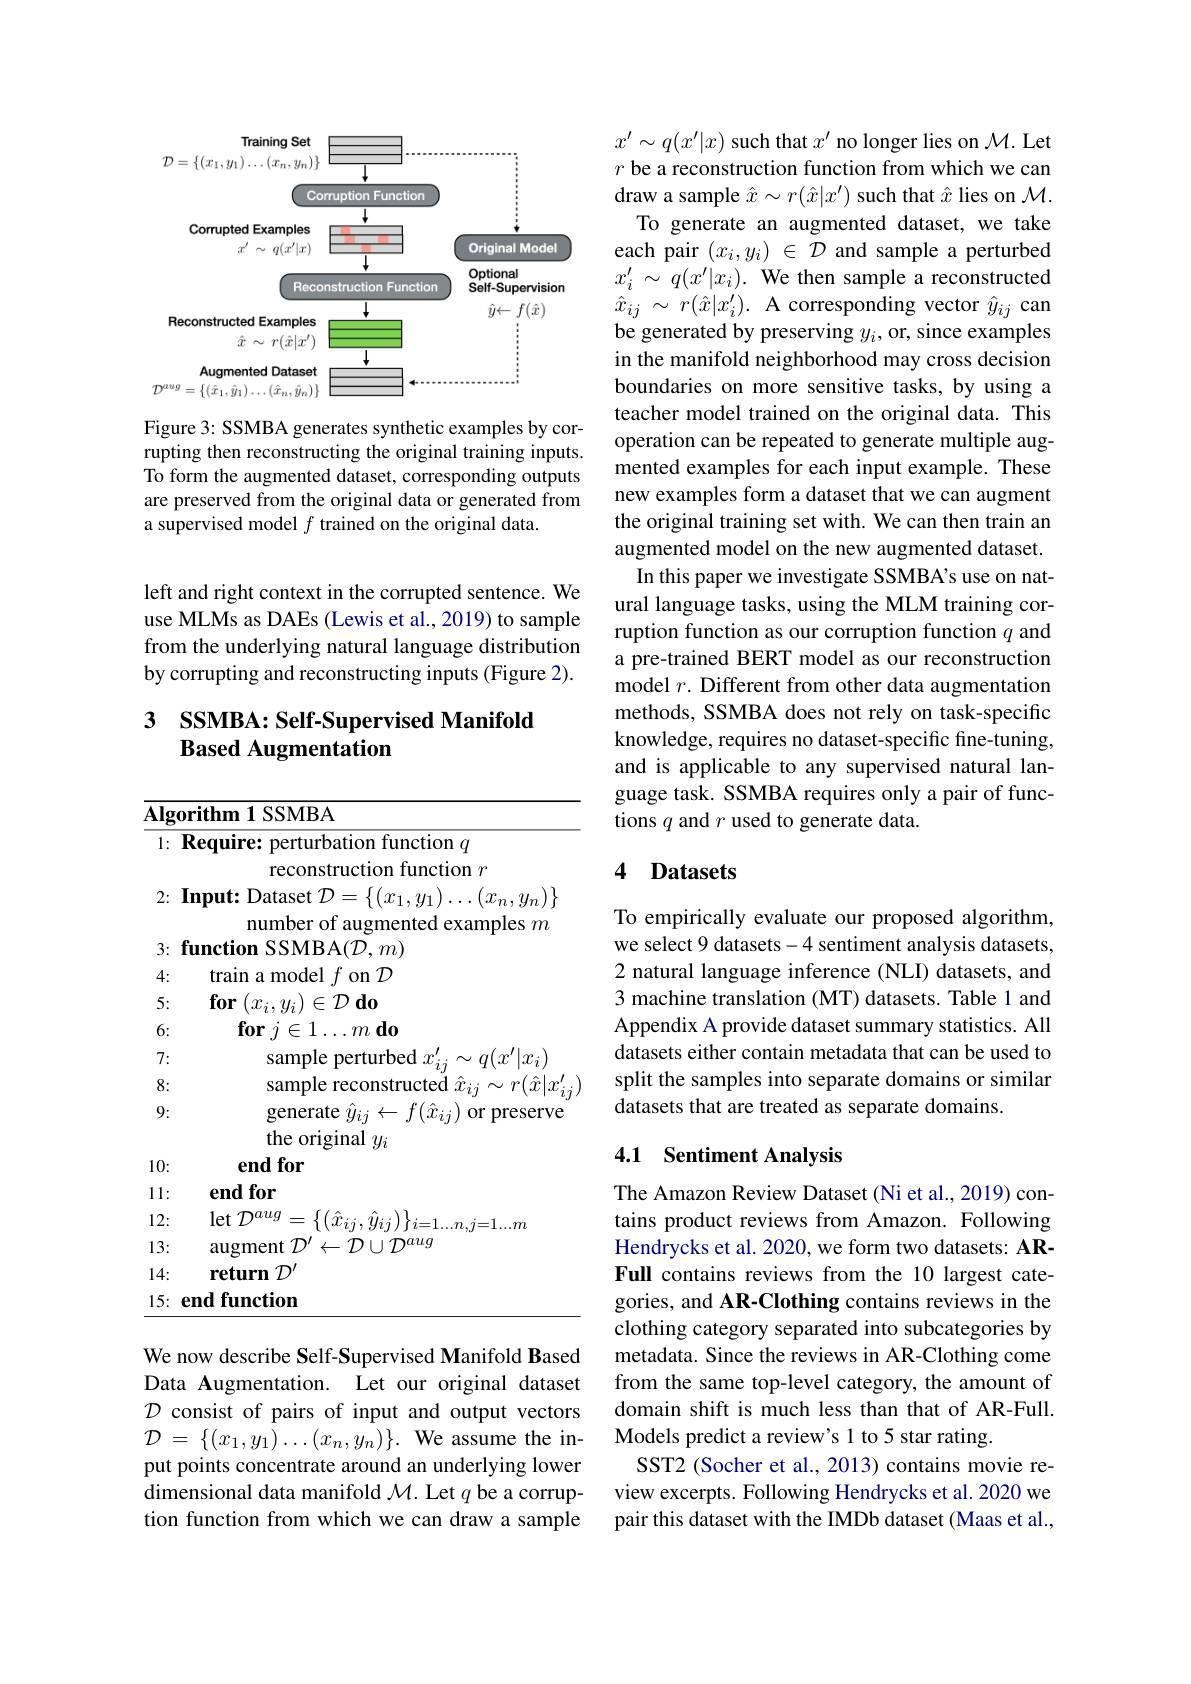
<FigureHere>

Figure 3: SSMBA generates synthetic examples by corrupting then reconstructing the original training inputs. To form the augmented dataset, corresponding outputs are preserved from the original data or generated from a supervised model $f$ trained on the original data.

left and right context in the corrupted sentence. We use MLMs as DAEs (Lewis et al., 2019) to sample from the underlying natural language distribution by corrupting and reconstructing inputs (Figure 2).

### 3 SSMBA: Self-Supervised Manifold Based Augmentation

<table>
	<tbody>
		<tr>
			<td>$\overline{\mathbf{Alg}}$</td>
			<td>orithm 1 SSMBA</td>
		</tr>
		<tr>
			<td>1: </td>
			<td>Require: perturbation function $q$</td>
		</tr>
		<tr>
			<td> </td>
			<td>reconstruction function $r$</td>
		</tr>
		<tr>
			<td>2:</td>
			<td>$\textbf{Input: Dataset }\mathcal{D} = \{ ( x_{1}, y_{1}) \ldots ( x_{n}, y_{n}) \}$</td>
		</tr>
		<tr>
			<td>3:</td>
			<td>number ot augmented examples $m$ function SSMBA($\mathcal{D},m)$</td>
		</tr>
		<tr>
			<td>4: </td>
			<td>$a1r$ $\textbf{a model }f$ on $\mathcal{D}$</td>
		</tr>
		<tr>
			<td>T 5</td>
			<td>$\mathbf{uvi}_{n}$ $\mathbf{for}\left ( r\cdot \psi \right ) \in \mathcal{D}$ $\mathbf{do}$</td>
		</tr>
		<tr>
			<td>$\downarrow$</td>
			<td>$\langle u_{i},y_{i}\rangle$ $\mathbf{f}_{\mathbf{0}\mathbf{r}\:\dot{i}\:\boldsymbol{c}\:1}$ $\gamma\gamma$</td>
		</tr>
		<tr>
			<td>7:</td>
			<td>sample perturbed $x_{::}^{\prime}\sim g(x^{\prime}|x_{i})$</td>
		</tr>
		<tr>
			<td>8:</td>
			<td>sample reconstructed $\hat{x}_{ii}\sim r(\hat{x}|x^{\prime}.$</td>
		</tr>
		<tr>
			<td>9:</td>
			<td>generate $\hat{y}_{ij}\leftarrow f(\hat{x}_{ij})$ or preserve</td>
		</tr>
		<tr>
			<td>10:</td>
			<td>$\operatorname{orrgmar}y_{i}$ $\mathbf{endfor}$</td>
		</tr>
		<tr>
			<td>1: 1 1 T</td>
			<td>$\mathbf{endfor}$</td>
		</tr>
		<tr>
			<td>12:</td>
			<td>$\operatorname*{let}\mathcal{D}^{aug}$ $\{(\hat{x}_{ii},\hat{y}_{ii})\}$ $=1...n.i=1...m$</td>
		</tr>
		<tr>
			<td>13:</td>
			<td>$\operatorname{augment}\mathcal{D}^{\prime}\leftarrow\mathcal{D}\cup\mathcal{D}^{aug}$</td>
		</tr>
		<tr>
			<td>14:</td>
			<td>$\textbf{return}\mathcal{D} ^{\prime }$</td>
		</tr>
		<tr>
			<td>15: </td>
			<td>end function</td>
		</tr>
	</tbody>
</table>

We now describe Self-Supervised Manifold Based Data Augmentation. Let our original dataset $\mathcal{D}$ consist of pairs of input and output vectors $\mathcal{D}$ = $\{ ( x_1, y_1) \ldots ( x_n, y_n) \} .$ We assume the input points concentrate around an underlying lower dimensional data manifold $\mathcal{M}.$ Let $q$ be a corruption function from which we can draw a sample

$x'\sim q(x'|x)$ such that $x'$ no longer lies on $\mathcal M.$ Let $r$ be a reconstruction function from which we can draw a sample $\hat{x}\sim r(\hat{x}|x^{\prime})$ such that $\hat{x}$ lies on $\mathcal{M}.$ To generate an augmented dataset, we take each pair $(x_i,y_i)\in\mathcal{D}$ and sample a perturbed $x_{i}^{\prime}\sim q(x^{\prime}|x_{i}).$ We then sample a reconstructed $\hat{x} _{ij} \sim r( \hat{x} | x_{i}^{\prime }) . $A corresponding vector $\hat{y} _{ij} $can be generated by preserving $y_i$, or, since examples in the manifold neighborhood may cross decision boundaries on more sensitive tasks, by using a teacher model trained on the original data. This operation can be repeated to generate multiple augmented examples for each input example. These new examples form a dataset that we can augment the original training set with. We can then train an augmented model on the new augmented dataset.
In this paper we investigate SSMBA's use on natural language tasks, using the MLM training corruption function as our corruption function $q$ and a pre-trained BERT model as our reconstruction model $r.$ Different from other data augmentation methods, SSMBA does not rely on task-specific knowledge, requires no dataset-specific fine-tuning, and is applicable to any supervised natural language task. SSMBA requires only a pair of functions $q$ and $r$ used to generate data.

### 4 Datasets

To empirically evaluate our proposed algorithm, we select 9 datasets-4 sentiment analysis datasets, 2 natural language inference (NLI) datasets, and 3 machine translation (MT) datasets. Table 1 and Appendix A provide dataset summary statistics. All datasets either contain metadata that can be used to split the samples into separate domains or similar datasets that are treated as separate domains.

## 4.1 Sentiment Analysis

The Amazon Review Dataset (Ni et al., 2019) contains product reviews from Amazon. Following Hendrycks et al. 2020, we form two datasets: ARFull contains reviews from the 10 largest categories, and AR-Clothing contains reviews in the clothing category separated into subcategories by metadata. Since the reviews in AR-Clothing come from the same top-level category, the amount of domain shift is much less than that of AR-Full. Models predict a review's 1 to 5 star rating.
SST2 (Socher et al., 2013) contains movie review excerpts. Following Hendrycks et al. 2020 we pair this dataset with the IMDb dataset (Maas et al.,